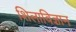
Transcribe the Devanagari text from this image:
शिलाविज्ञान